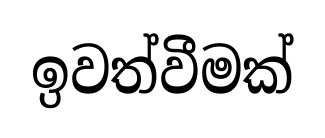
ඉවත්වීමක්